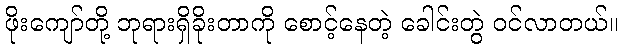
ဖိုးကျော်တို့ ဘုရားရှိခိုးတာကို စောင့်နေတဲ့ ခေါင်းတွဲ ဝင်လာတယ်။